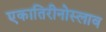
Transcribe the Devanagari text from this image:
एकातिरीनोस्लाव